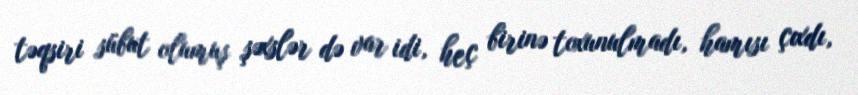
təqsiri sübut olumuş şəxslər də var idi, heç birinə toxunulmadı, hamısı çıxdı,